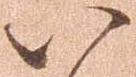
以